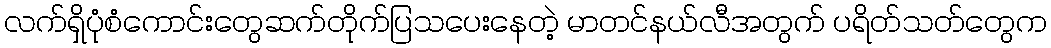
လက်ရှိပုံစံကောင်းတွေဆက်တိုက်ပြသပေးနေတဲ့ မာတင်နယ်လီအတွက် ပရိတ်သတ်တွေက